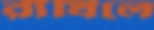
রাঁধিলে